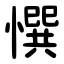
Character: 㦏